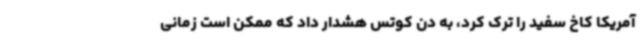
آمریکا کاخ سفید را ترک کرد، به دن کوتس هشدار داد که ممکن است زمانی